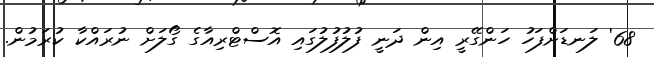
68' ލަނޑަށްފަހު ހަންގޭރީ އިން ދަނީ ފުލުފުލުގައި އޮސްޓްރިއާގެ ގޯލަށް ނުރައްކާ ކުރަމުން.